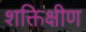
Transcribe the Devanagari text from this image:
शक्तिक्षीण